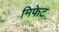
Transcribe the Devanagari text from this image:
मिफेट